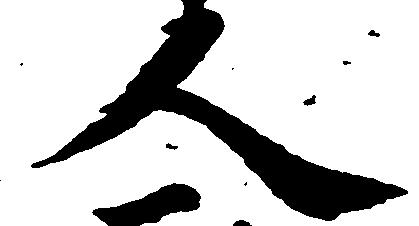
人